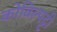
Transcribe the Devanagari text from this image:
कोविल्पट्टी